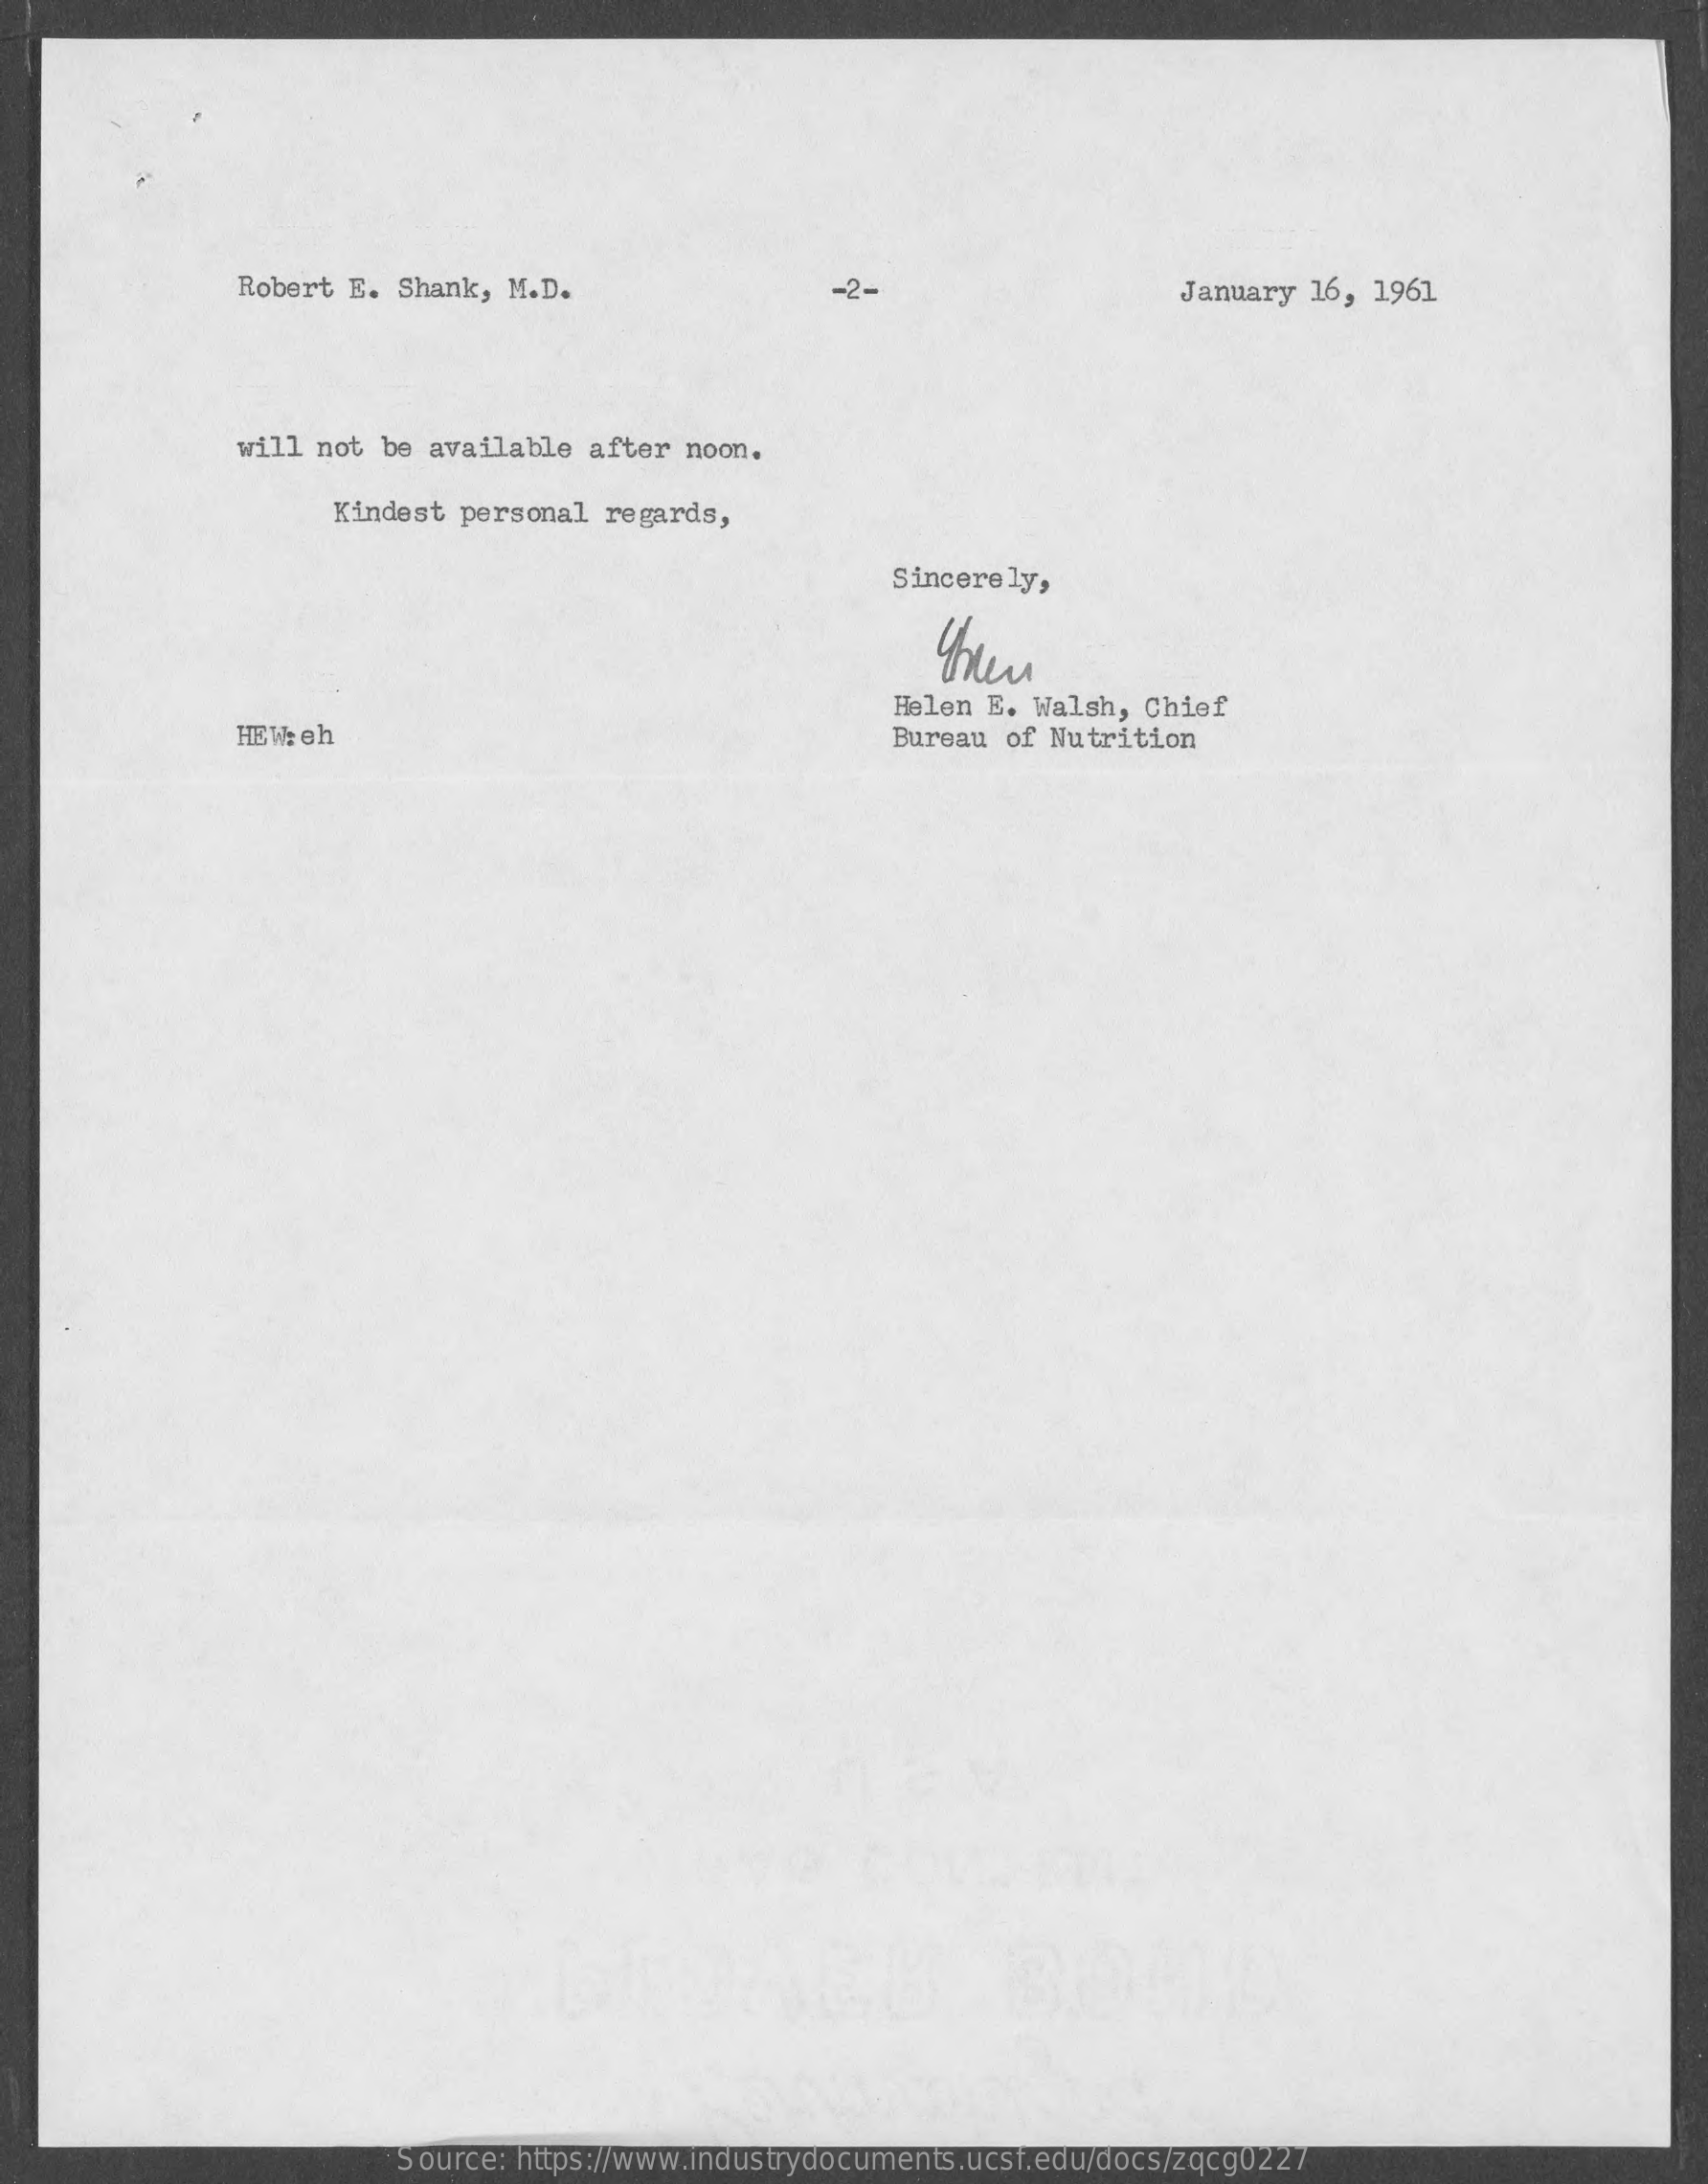
Robert E. Shank, M.D.    -2-    January 16, 1961
     will not be available after noon.
     Kindest personal regards,
     Sincerely,
     Helen E. Walsh, Chief
     HEWeh    Bureau of Nutrition
     Source: https://www.industrydocuments.ucsf.edu/docs/zqcg0227